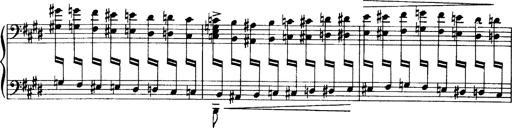
Title: OuvertÃ¼re zu TannhÃ¤user
Composer: Franz Liszt